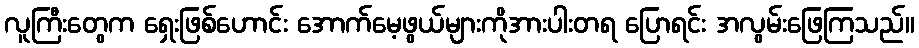
လူကြီးတွေက ရှေးဖြစ်ဟောင်း အောက်မေ့ဖွယ်များကိုအားပါးတရ ပြောရင်း အလွမ်းဖြေကြသည်။